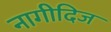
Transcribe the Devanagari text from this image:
नागीदिज